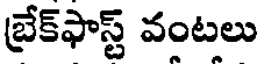
బ్రేక్ఫాస్ట్ వంటలు